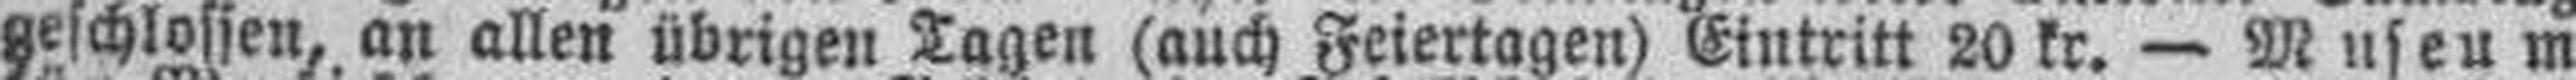
geschlossen, an allen übrigen Tagen (auch Feiertagen) Eintritt 20 kr. — Museum